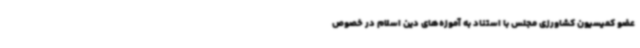
عضو کمیسیون کشاورزی مجلس با استناد به آموزه‌های دین اسلام در خصوص